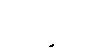
ဒုဝိနိစ္ဆိတံ